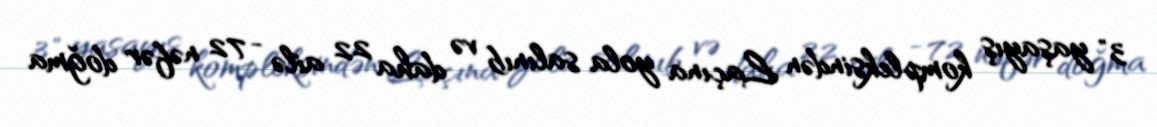
3" yaşayış kompleksindən Laçına yola salınıb və daha 22 ailə - 72 nəfər doğma